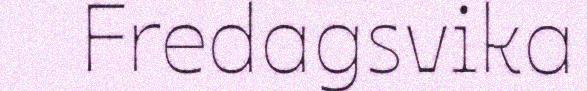
Fredagsvika